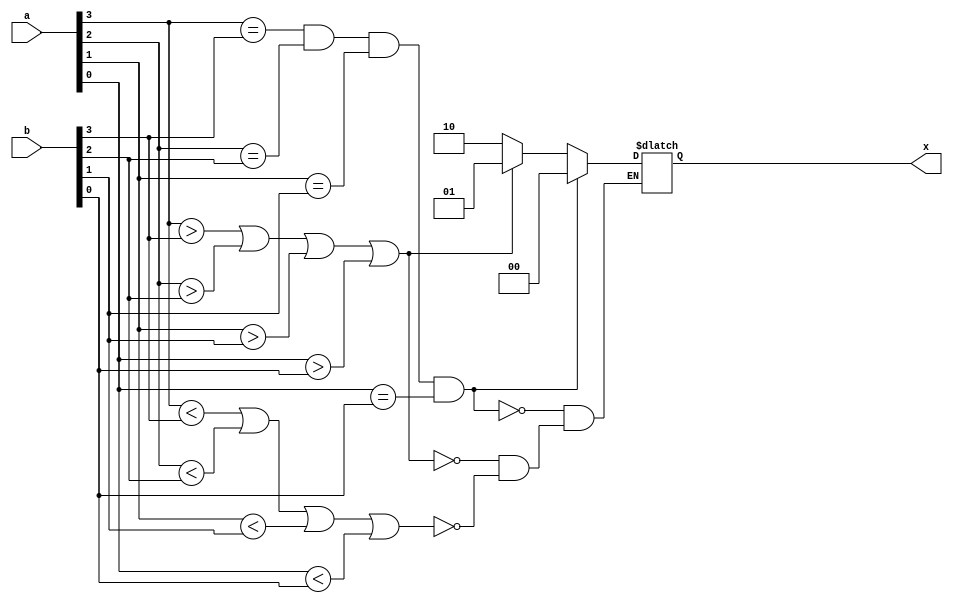
module fourbitcomp(x,a,b);
    input [3:0]a,b;
    output [1:0] x;
    reg [1:0]x;
    always@(a,b)
    begin
        if((a[3]==b[3])&&(a[2]==b[2])&&(a[1]==b[1])&&(a[0]==b[0]))
        x<=2'b00;
        else if((a[3]>b[3])||(a[2]>b[2])||(a[1]>b[1])||(a[0]>b[0]))
        x<=2'b01;
        else if ((a[3]<b[3])||(a[2]<b[2])||(a[1]<b[1])||(a[0]<b[0]))
        x<=2'b10;
    end
endmodule